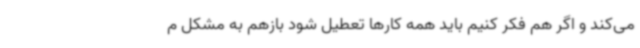
می‌کند و اگر هم فکر کنیم باید همه کارها تعطیل شود بازهم به مشکل م